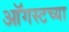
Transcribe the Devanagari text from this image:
आॅगस्टच्या